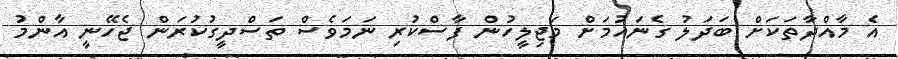
އެ މާއްދާތަކަށް ބަދަލު ގެނައުމަށް މަޖިލީހުން ފާސްކުރި ނަމަވެސް ތަސްދީގުކުރަން ޖެހޭނީ އާންމު